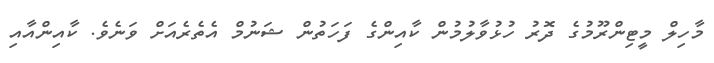
މާހިލް މީޓިންރޫމުގެ ދޮރު ހުޅުވާލުމުން ކާއިންގެ ފަހަތުން ޝަނުމް އެތެރެއަށް ވަނެވެ. ކާއިންއާއި